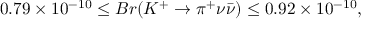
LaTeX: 0 . 7 9 \times 1 0 ^ { - 1 0 } \leq B r ( K ^ { + } \rightarrow \pi ^ { + } \nu \bar { \nu } ) \leq 0 . 9 2 \times 1 0 ^ { - 1 0 } ,